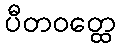
ပီတဝတ္ထေ